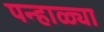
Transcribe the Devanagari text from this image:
पन्हाळ्या